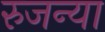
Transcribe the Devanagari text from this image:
रुजन्या